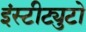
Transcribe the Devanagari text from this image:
इंस्टीट्युटो